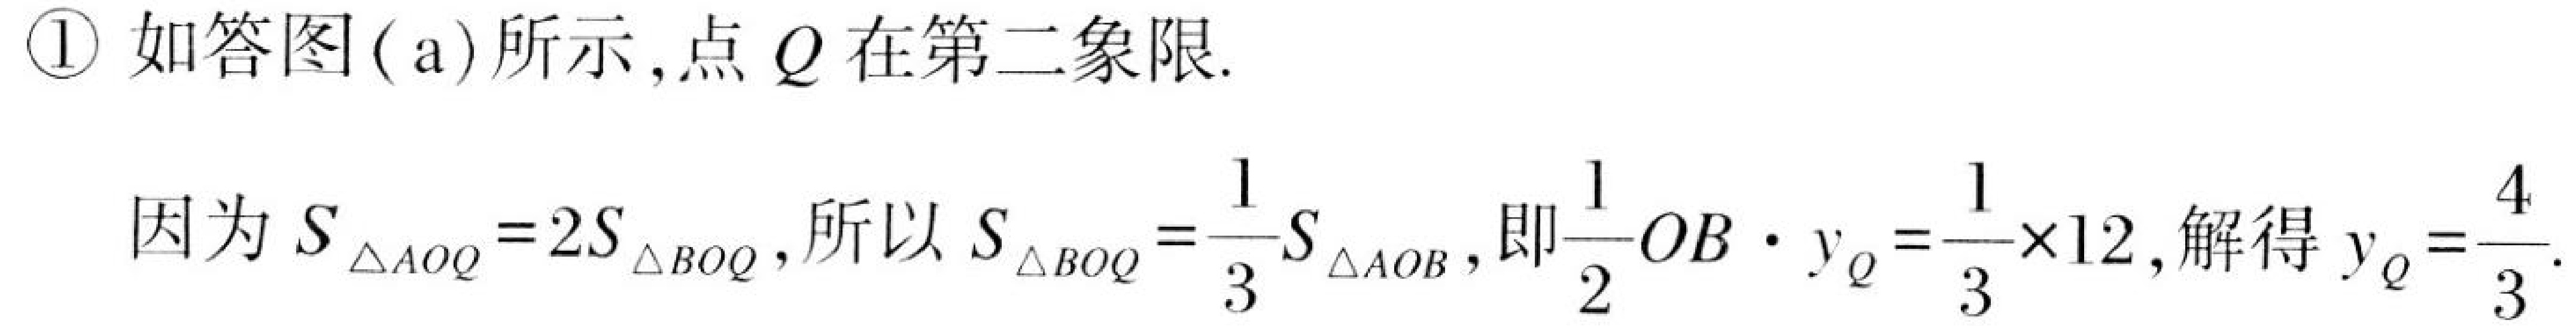
\textcircled{1}如答图(a)所示,点\(Q\)在第二象限.
因为\(S_{\triangle AOQ}=2S_{\triangle BOQ}\),所以\(S_{\triangle BOQ}=\frac{1}{3}S_{\triangle AOB}\),即\(\frac{1}{2}OB\cdot y_{Q}=\frac{1}{3}\times12\),解得\(y_{Q}=\frac{4}{3}\).